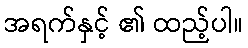
အရက်နှင့် ၏ ထည့်ပါ။